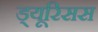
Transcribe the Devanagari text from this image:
ड्यूरिसस